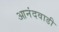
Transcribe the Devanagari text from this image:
आनंदवाडी